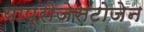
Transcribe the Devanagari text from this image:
याप्रोजेसटोजेन